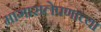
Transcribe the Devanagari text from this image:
मागासलेपणाच्या